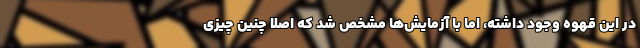
در این قهوه وجود داشته، اما با آزمایش‌ها مشخص شد که اصلا چنین چیزی